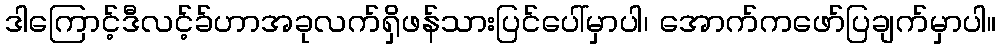
ဒါကြောင့်ဒီလင့်ခ်ဟာအခုလက်ရှိဖန်သားပြင်ပေါ်မှာပါ၊ အောက်ကဖော်ပြချက်မှာပါ။